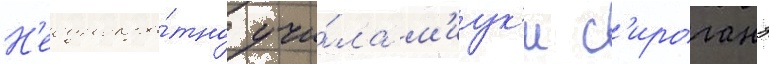
Н'еоднокра́тно учи́ла м'иук'и с'ироганэ